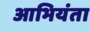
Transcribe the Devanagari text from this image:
आभियंता